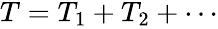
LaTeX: \begin{array}{r}{T=T_{1}+T_{2}+\cdots}\end{array}